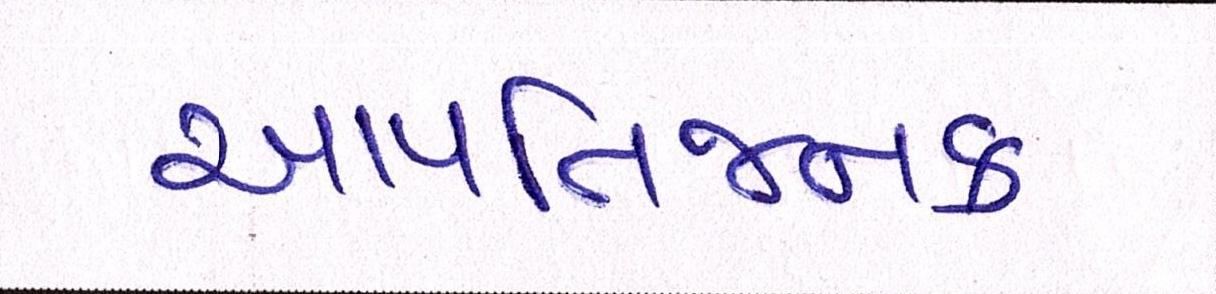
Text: આપત્તિજનક